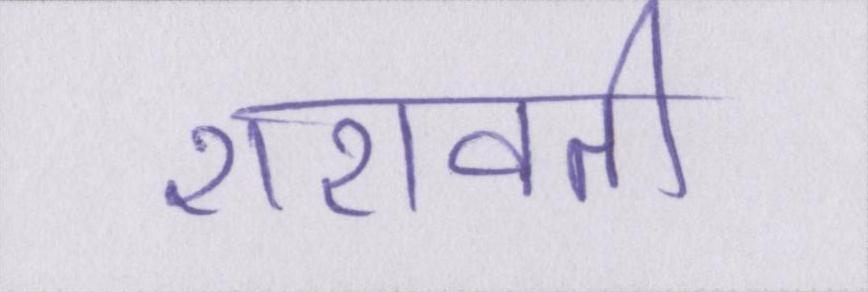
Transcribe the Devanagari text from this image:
शरावती